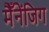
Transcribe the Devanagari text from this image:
मैँनेंजिग